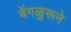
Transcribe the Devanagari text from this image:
बेंगळुरूने